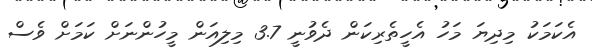
އެކަމަކު މިދިޔަ މަހު އެހީތެރިކަން ދެވުނީ 3.7 މިލިއަން މީހުންނަށް ކަމަށް ވެސް